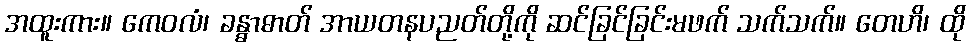
အထူးကား။ ကေဝလံ၊ ခန္ဓာဓာတ် အာယတနပညတ်တို့ကို ဆင်ခြင်ခြင်းမဖက် သက်သက်။ တေဟိ၊ ထို